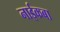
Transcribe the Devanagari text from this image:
नाईकबा